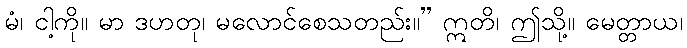
မံ၊ ငါ့ကို။ မာ ဒဟတု၊ မလောင်စေသတည်း။” ဣတိ၊ ဤသို့။ မေတ္တာယ၊